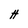
Character: H